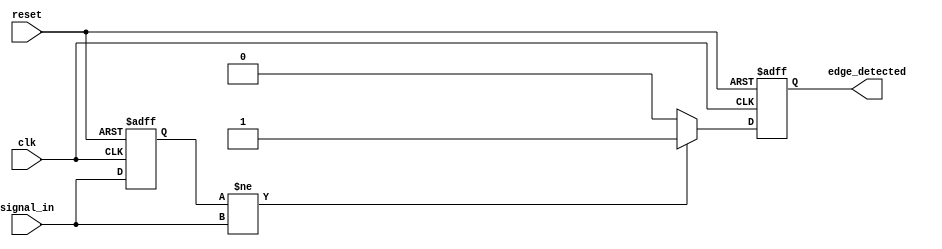
module dual_edge_detector (
    input wire clk,              // Clock signal
    input wire reset,            // Asynchronous reset
    input wire signal_in,        // Input signal to detect edges
    output reg edge_detected     // Output signal indicating edge detection
);

    // Memory element to store the previous state of the input signal
    reg signal_in_prev;

    // Synchronous process to detect edges
    always @(posedge clk or posedge reset) begin
        if (reset) begin
            // Initialize the previous state and output on reset
            signal_in_prev <= 1'b0;
            edge_detected <= 1'b0;
        end else begin
            // Edge detection logic
            if (signal_in_prev != signal_in) begin
                edge_detected <= 1'b1; // An edge is detected
            end else begin
                edge_detected <= 1'b0; // No edge detected
            end
            
            // Update the previous state
            signal_in_prev <= signal_in;
        end
    end

endmodule